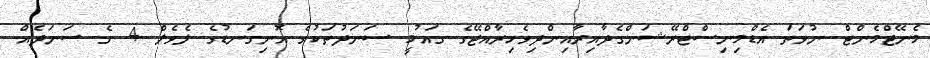
މެނޭޖްމެންޓް ނުވަތަ އެޑްމިނިސްޓްރޭޝަންގެދާއިރާއިންދިވެހިރާއްޖޭގެ ގައުމީ ސަނަދުތަކުގެ އޮނިގަނޑުގެ ލެވެލް 4 ގެ ސަނަދެއް